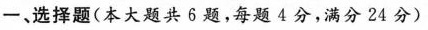
一、选择题(本大题共6题，每题4分，满分24分)